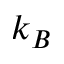
k _ { B }